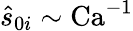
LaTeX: \hat{s}_{0i}\sim\textrm{Ca}^{-1}